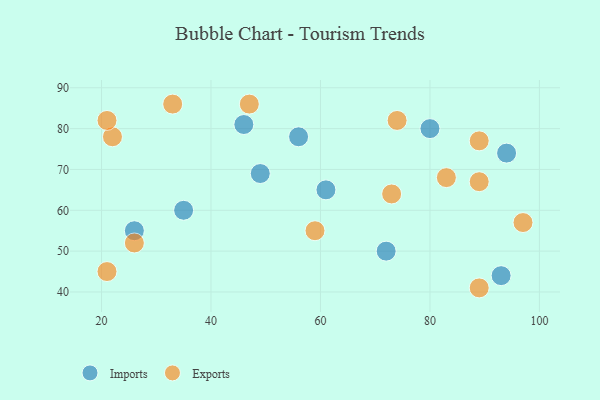
{"axis": {"x": "GDP", "y": "Life Expectancy"}, "legend": ["Exports", "Imports"], "data": [{"x": "93", "y": 44, "type": "Imports"}, {"x": "80", "y": 80, "type": "Imports"}, {"x": "35", "y": 60, "type": "Imports"}, {"x": "94", "y": 74, "type": "Imports"}, {"x": "46", "y": 81, "type": "Imports"}, {"x": "49", "y": 69, "type": "Imports"}, {"x": "26", "y": 55, "type": "Imports"}, {"x": "61", "y": 65, "type": "Imports"}, {"x": "56", "y": 78, "type": "Imports"}, {"x": "72", "y": 50, "type": "Imports"}, {"x": "97", "y": 57, "type": "Exports"}, {"x": "21", "y": 45, "type": "Exports"}, {"x": "89", "y": 41, "type": "Exports"}, {"x": "22", "y": 78, "type": "Exports"}, {"x": "89", "y": 67, "type": "Exports"}, {"x": "21", "y": 82, "type": "Exports"}, {"x": "33", "y": 86, "type": "Exports"}, {"x": "26", "y": 52, "type": "Exports"}, {"x": "74", "y": 82, "type": "Exports"}, {"x": "59", "y": 55, "type": "Exports"}, {"x": "89", "y": 77, "type": "Exports"}, {"x": "83", "y": 68, "type": "Exports"}, {"x": "47", "y": 86, "type": "Exports"}, {"x": "73", "y": 64, "type": "Exports"}]}